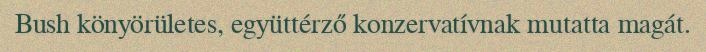
Bush könyörületes, együttérző konzervatívnak mutatta magát.